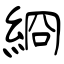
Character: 綗